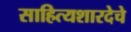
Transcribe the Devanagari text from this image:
साहित्यशारदेचे